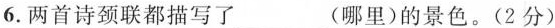
6.两首诗颈联都描写了___(哪里)的景色。 (2分)